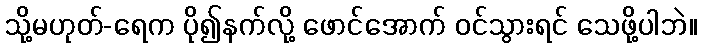
သို့မဟုတ်-ရေက ပို၍နက်လို့ ဖောင်အောက် ဝင်သွားရင် သေဖို့ပါဘဲ။